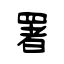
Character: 署